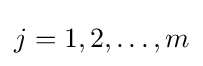
j=1,2,\dots ,m